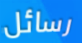
رسائل